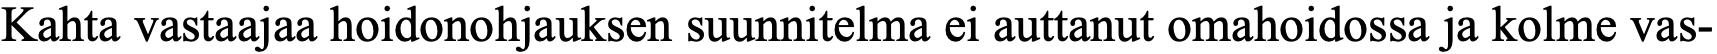
Kahta vastaajaa hoidonohjauksen suunnitelma ei auttanut omahoidossa ja kolme vas-